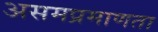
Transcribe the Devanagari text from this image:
असमप्रमाणता